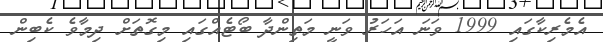
އެމެރިކާގައި 1999 ވަނަ އަހަރު ވަނީ މަތިންދާ ބޯޓެއްގައި މިގޮތަށް ދިމާވެ ކެބިން